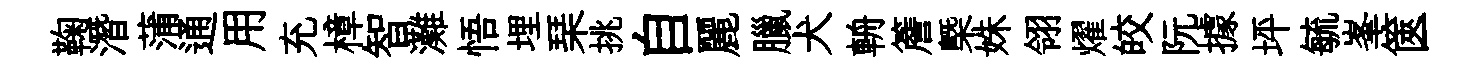
鞠潛蒲通用充樟智灘悟埋琹挑自麗臘犬輈簷㮣姝翎燿皎阮據坪毓峯篋